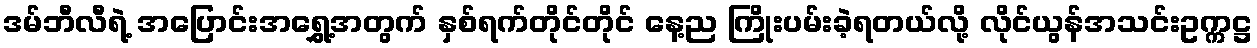
ဒမ်ဘီလီရဲ့ အပြောင်းအရွှေ့အတွက် နှစ်ရက်တိုင်တိုင် နေ့ည ကြိုးပမ်းခဲ့ရတယ်လို့ လိုင်ယွန်အသင်းဥက္ကဋ္ဌ